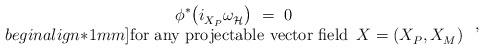
LaTeX: \begin{align*} \begin{array}{c} \phi^* \big( i_{X_P}^{} \omega_{\mathcal{H}}^{\vphantom{j}} \big)~=~0 \\begin{align*}1mm] \mbox{for any projectable vector field $\, X = (X_P^{},X_M^{})$} \end{array}~,\end{align*}